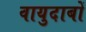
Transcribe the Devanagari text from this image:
वायुदाबों